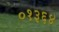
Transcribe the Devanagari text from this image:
०१३६४